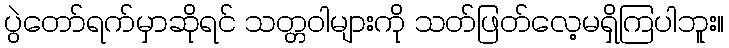
ပွဲတော်ရက်မှာဆိုရင် သတ္တဝါများကို သတ်ဖြတ်လေ့မရှိကြပါဘူး။